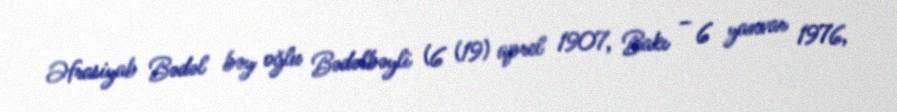
Əfrasiyab Bədəl bəy oğlu Bədəlbəyli (6 (19) aprel 1907, Bakı – 6 yanvar 1976,